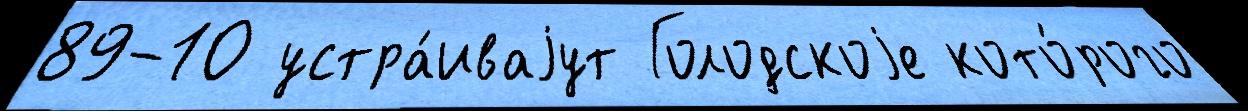
89-10 устра́иваjут Голодскоjе кото́рого